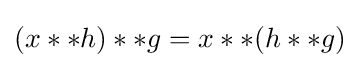
(x**h)**g=x**(h**g)